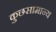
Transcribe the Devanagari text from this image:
कुछसामान्य